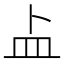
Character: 盀